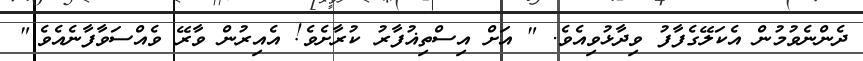
ދެންނެވުމުން އެކަލޭގެފާފު ވިދާޅުވިއެވެ. " އަށް އިސްތިޣުފާރު ކުރާށެވެ! އެއިރުން ވާރޭ ވެއްސަވާފާނެއެވެ."